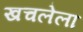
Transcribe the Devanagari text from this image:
खचलेला